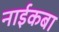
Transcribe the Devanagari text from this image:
नाईकबा